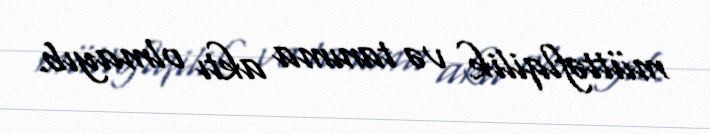
müttəflqilik və tanıma aktı olmayıb.